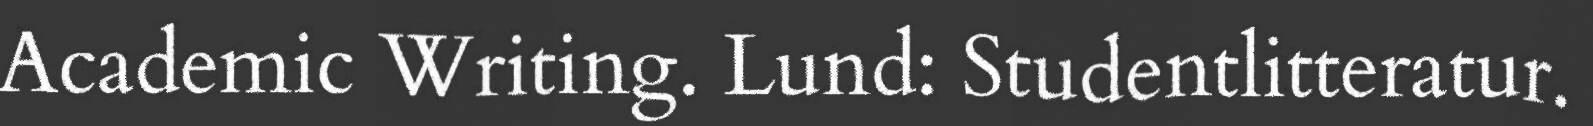
Academic Writing. Lund: Studentlitteratur.